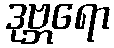
ဒုဗ္ဘရော